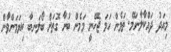
މިއަދު ދައްކާލާނަމޭ. ތަމެން ހަމަ ޖެހޭނީ މަމެން ބުނާ ގޮތަށް ބޯލަނބާ ކިޔަމަންވާން